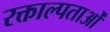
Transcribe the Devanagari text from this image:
रक्ताल्पताओं